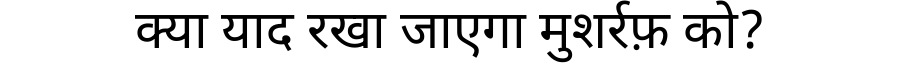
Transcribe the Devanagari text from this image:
क्या याद रखा जाएगा मुशर्रफ़ को?